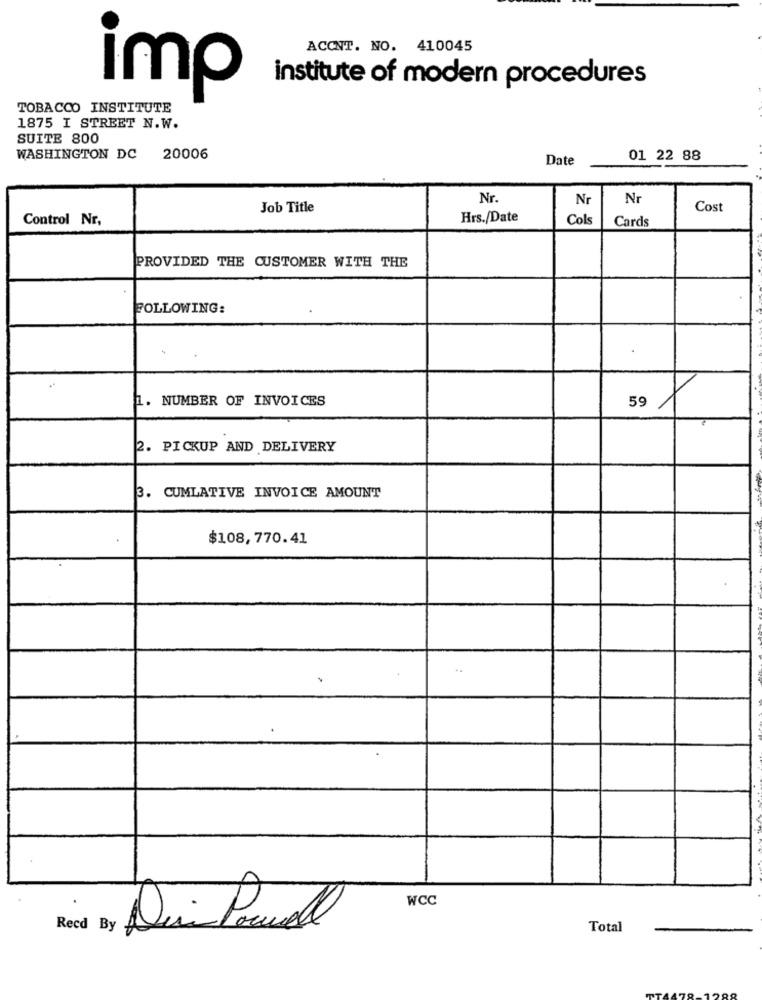
ACCNT. NO. 410045
institute of modern procedures
imp
TOBACCO INSTITUTE
1875 I STREET N.W.
SUITE 800
WASHINGTON DC 20006
Date
01 22 88
Nr.
Nr
Nr
Job Title
Cost
Control Nr,
Hrs./Date
Cols
Cards
PROVIDED THE CUSTOMER WITH THE
FOLLOWING:
1. NUMBER OF INVOICES
59
2. PICKUP AND DELIVERY
3. CUMLATIVE INVOICE AMOUNT
$108,770.41
..
WCC
Recd By
Di Porcel
Total